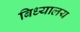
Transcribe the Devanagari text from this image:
बिध्यालय